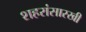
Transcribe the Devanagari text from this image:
शहरांसारखी